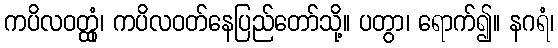
ကပိလဝတ္ထုံ၊ ကပိလဝတ်နေပြည်တော်သို့။ ပတွာ၊ ရောက်၍။ နဂရံ၊